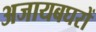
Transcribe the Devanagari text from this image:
अजायबघरों